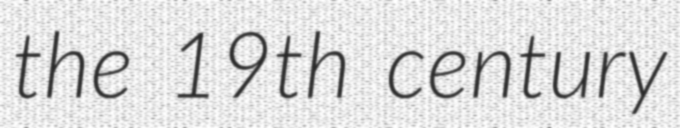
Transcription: the 19th century